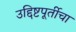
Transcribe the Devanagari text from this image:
उद्दिष्टपूर्तीचा